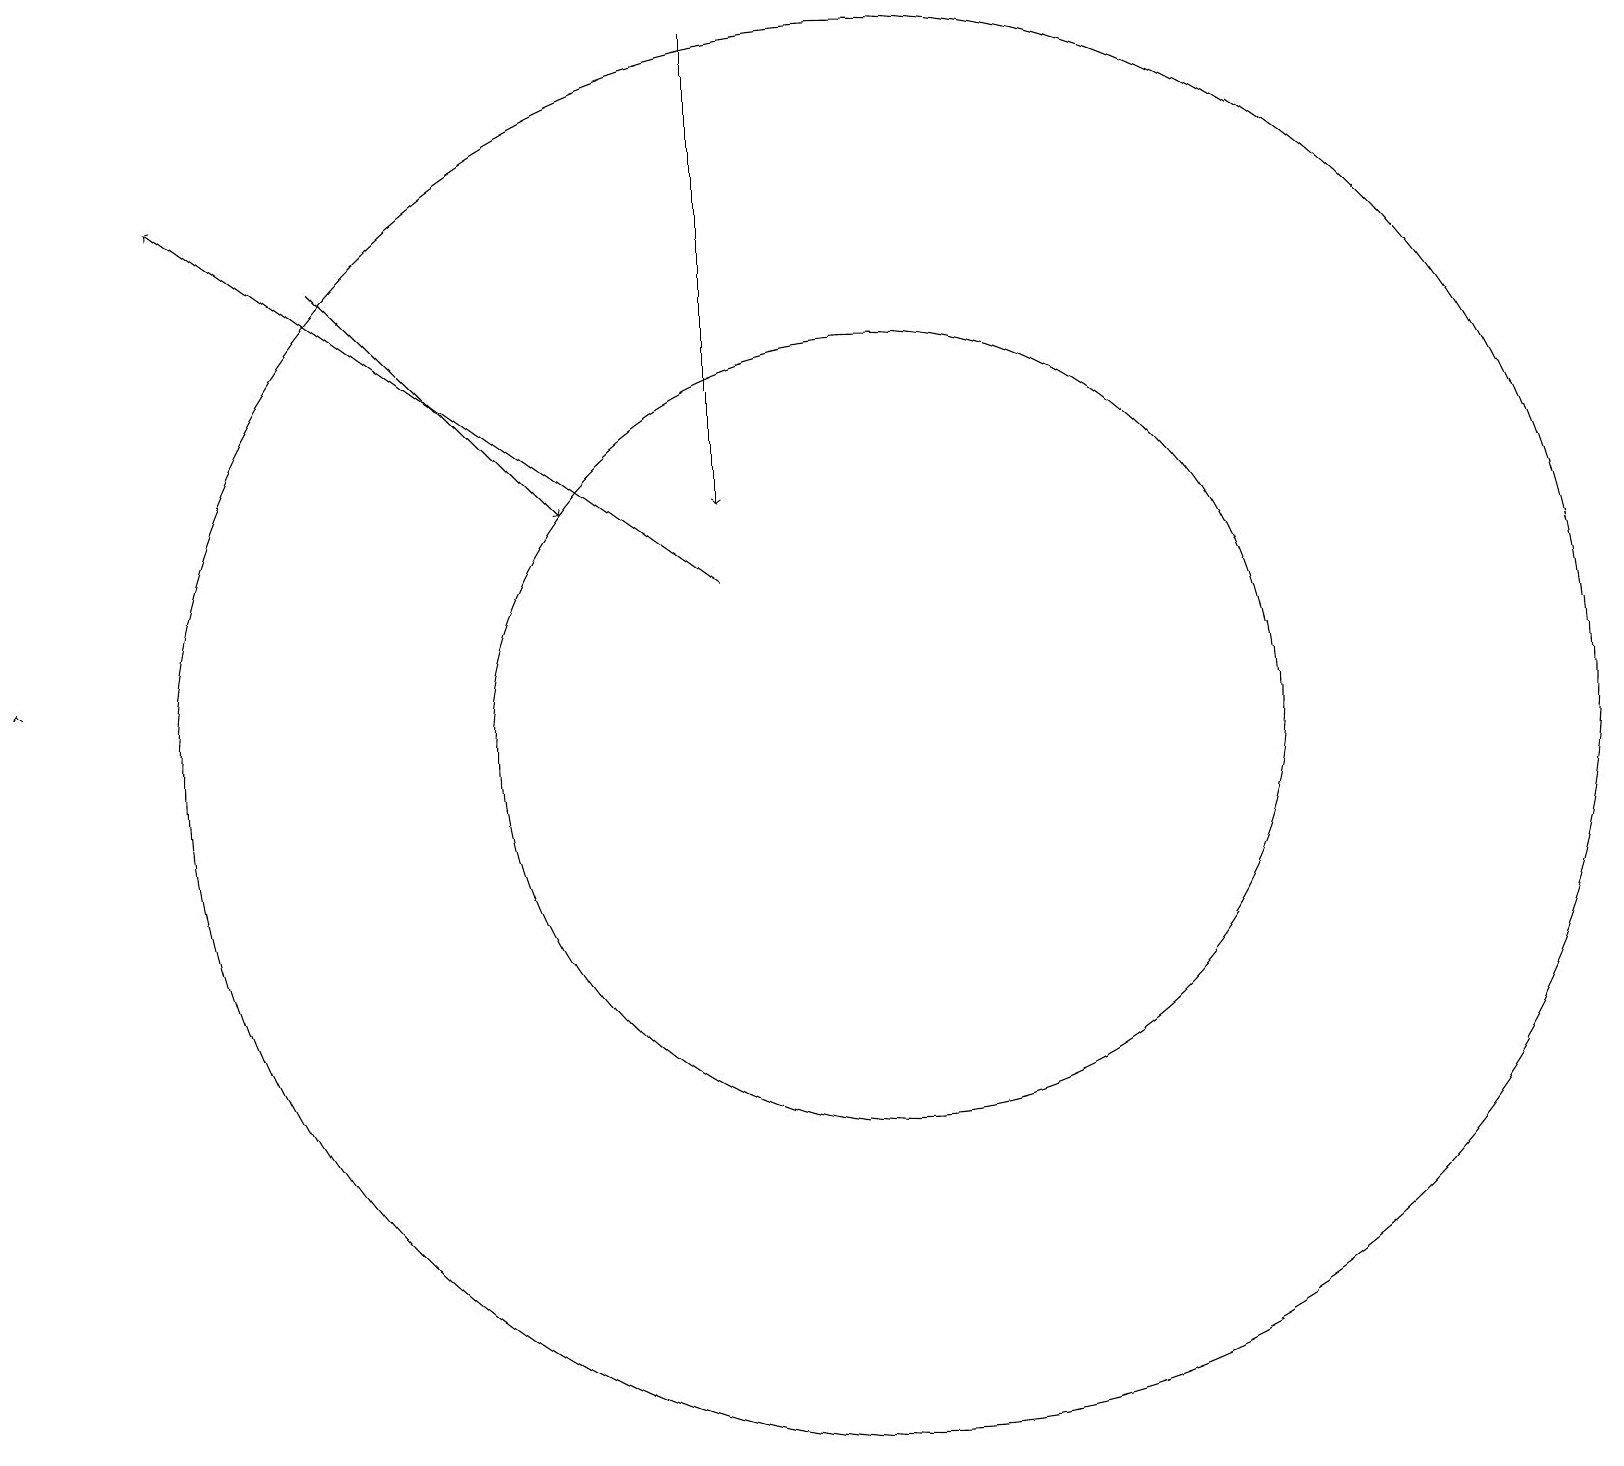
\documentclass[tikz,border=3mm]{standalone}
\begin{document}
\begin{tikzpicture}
\draw (11,10) circle (9);
\draw[->] (4,16) -- (7,13);
\draw (11,10) circle (5);
\draw[->] (9,19) -- (9,13);
\draw[->] (0,11) -- (0,11);
\draw[->] (9,12) -- (2,17);
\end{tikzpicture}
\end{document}